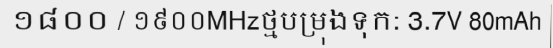
១៨០០ / ១៩០០MHzថ្មបម្រុងទុក: 3.7V 80mAh